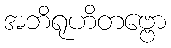
အဘိရုဟိတဗ္ဗော